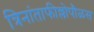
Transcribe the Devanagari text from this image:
त्रिनांताफील्लोपौळस